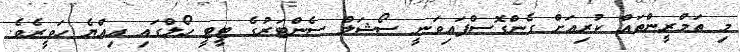
މި ތަމްރީންތައް ކުރިއަށް ގެންގޮސްފައިވަނީ ސޯޝަލް ސެންޓަރުގެ ޓީޓީ ހޯލްގައި އިއްޔެ ހަވީރެވެ.